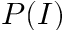
P ( I )